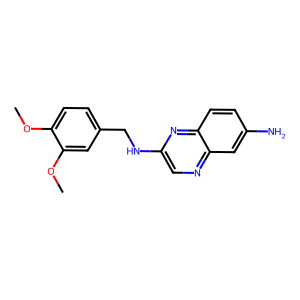
SMILES: COc1ccc(CNc2cnc3cc(N)ccc3n2)cc1OC
Inhibits HIV replication: No